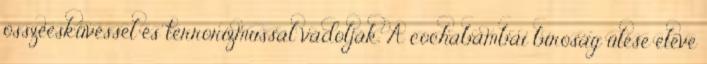
összeesküvéssel és terrorizmussal vádolják. A cochabambai bíróság ülése eleve